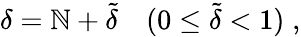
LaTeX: \delta=\mathbb{N}+\tilde{{\delta}}\quad(0\le\tilde{{\delta}}<1)\; ,